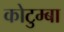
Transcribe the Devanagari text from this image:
कोटुम्बा